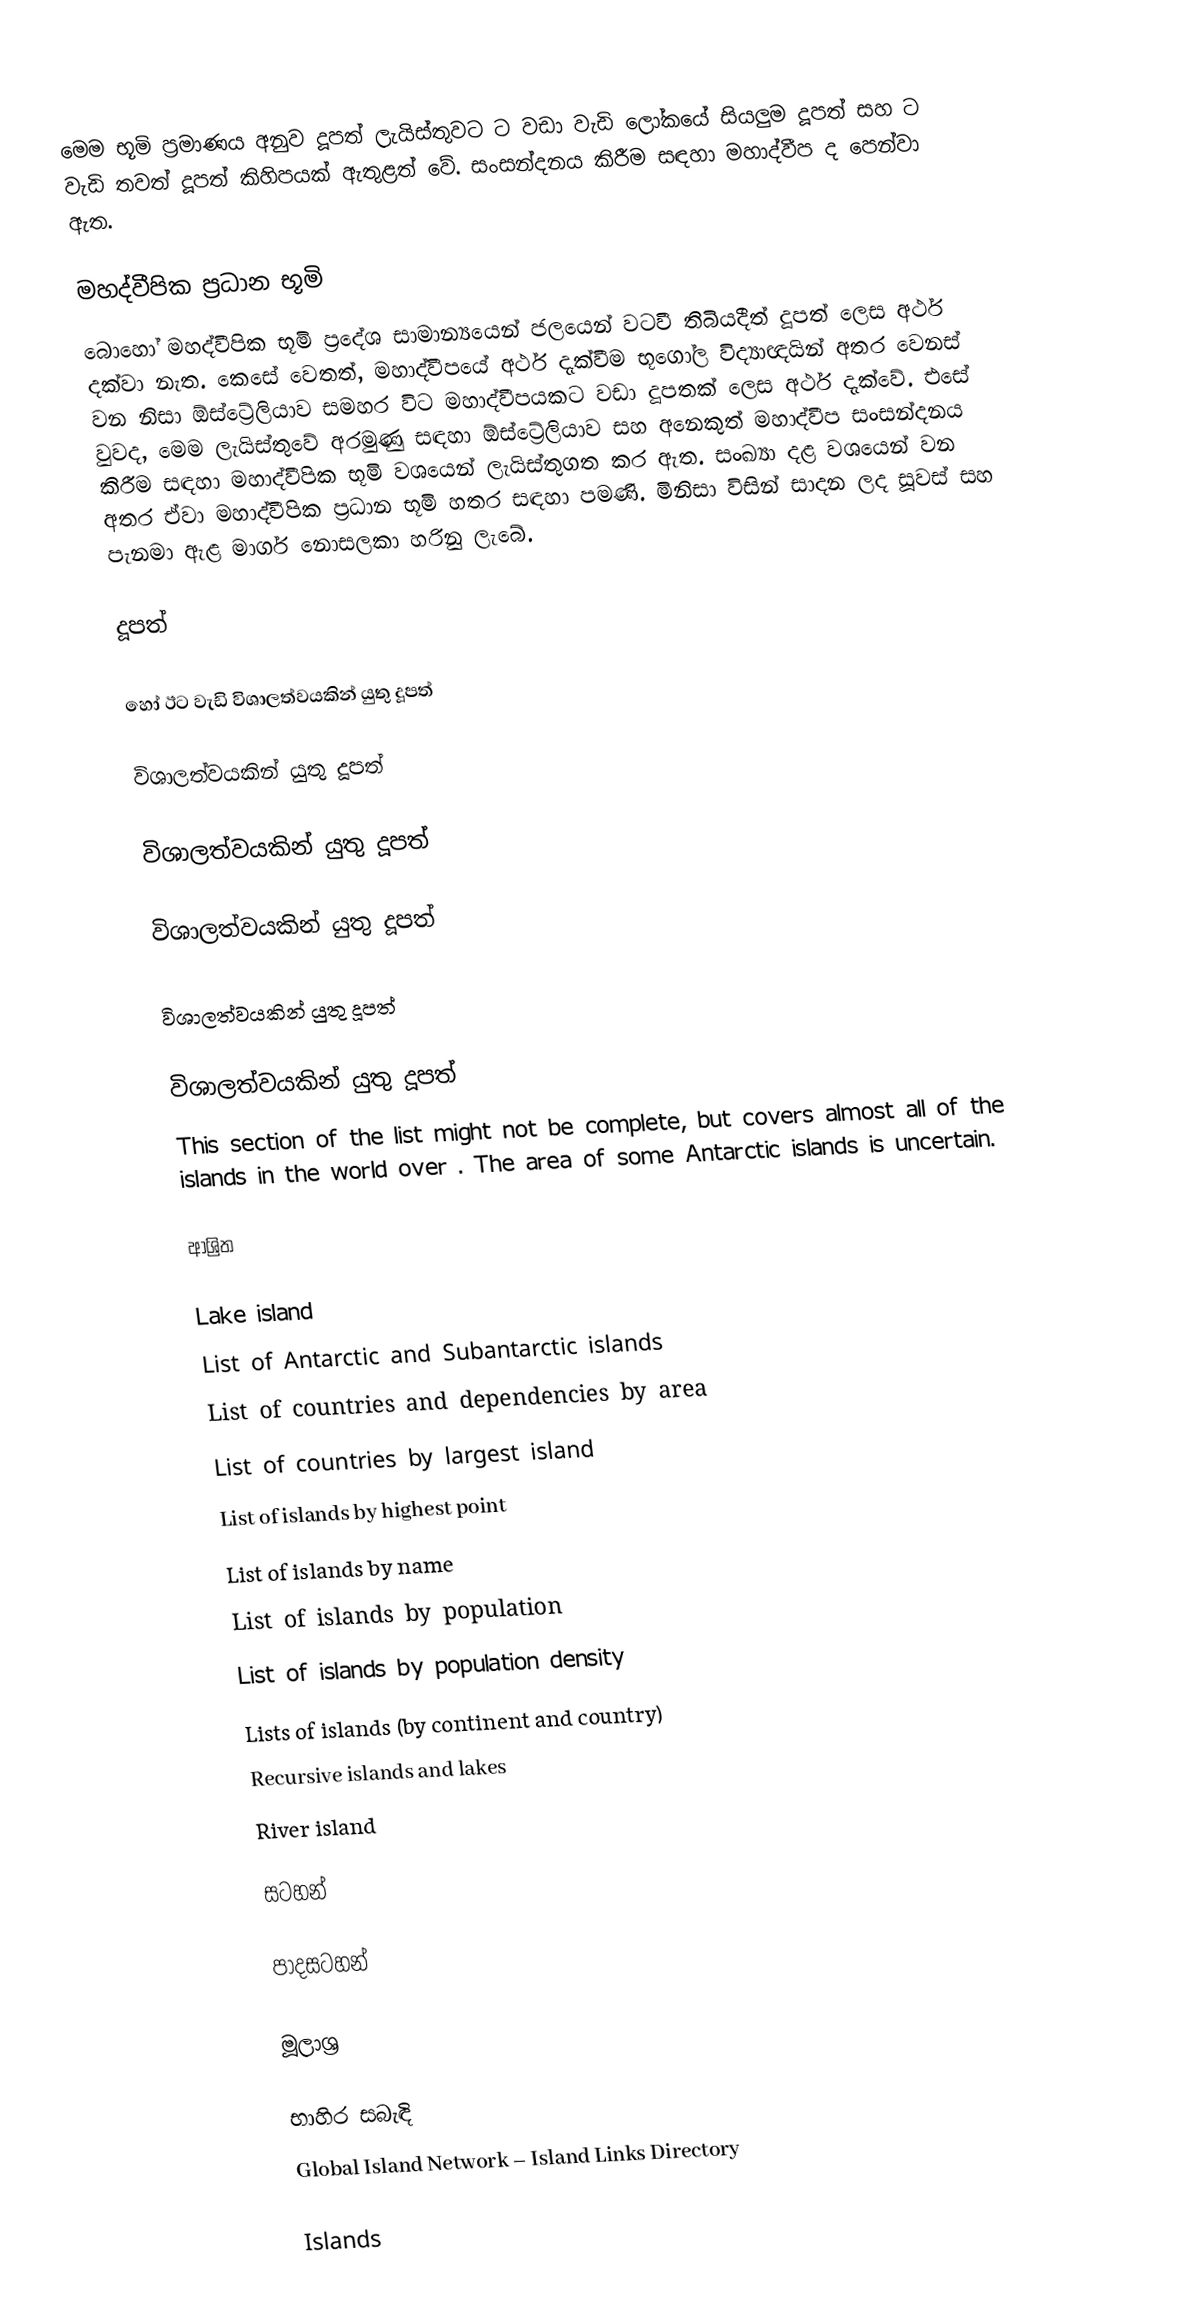
මෙම භූමි ප්‍රමාණය අනුව දූපත් ලැයිස්තුවට  ට වඩා වැඩි ලෝකයේ සියලුම දූපත් සහ  ට වැඩි තවත් දූපත් කිහිපයක් ඇතුළත් වේ. සංසන්දනය කිරීම සඳහා මහාද්වීප ද පෙන්වා ඇත.

මහද්වීපික ප්‍රධාන භූමි
බොහෝ මහද්වීපික භූමි ප්‍රදේශ සාමාන්‍යයෙන් ජලයෙන් වටවී තිබියදීත් දූපත් ලෙස අර්ථ දක්වා නැත. කෙසේ වෙතත්, මහාද්වීපයේ අර්ථ දැක්වීම භූගෝල විද්‍යාඥයින්  අතර වෙනස් වන නිසා ඕස්ට්‍රේලියාව සමහර විට මහාද්වීපයකට වඩා දූපතක් ලෙස අර්ථ දැක්වේ. එසේ වුවද, මෙම ලැයිස්තුවේ අරමුණු සඳහා ඕස්ට්‍රේලියාව සහ අනෙකුත් මහාද්වීප සංසන්දනය කිරීම සඳහා මහාද්වීපික භූමි වශයෙන් ලැයිස්තුගත කර ඇත. සංඛ්‍යා දළ වශයෙන් වන අතර ඒවා මහාද්වීපික ප්‍රධාන භූමි හතර සඳහා පමණි. මිනිසා විසින් සාදන ලද සූවස් සහ පැනමා ඇළ මාර්ග නොසලකා හරිනු ලැබේ.

දූපත්

හෝ ඊට වැඩි විශාලත්වයකින් යුතු දූපත්

විශාලත්වයකින් යුතු දූපත්

විශාලත්වයකින් යුතු දූපත්

විශාලත්වයකින් යුතු දූපත්

විශාලත්වයකින් යුතු දූපත්

විශාලත්වයකින් යුතු දූපත්
This section of the list might not be complete, but covers almost all of the islands in the world over . The area of some Antarctic islands is uncertain.

ආශ්‍රිත

 Lake island
 List of Antarctic and Subantarctic islands
 List of countries and dependencies by area
 List of countries by largest island
 List of islands by highest point
 List of islands by name
 List of islands by population
 List of islands by population density
 Lists of islands (by continent and country)
 Recursive islands and lakes
 River island

සටහන්

පාදසටහන්

මූලාශ්‍ර

භාහිර සබැඳි
 Global Island Network – Island Links Directory

Islands